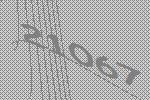
21067